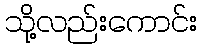
သို့လည်းကောင်း